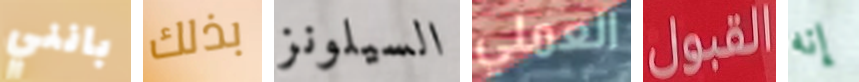
بانني بذلك السيلونز العملي القبول إنه